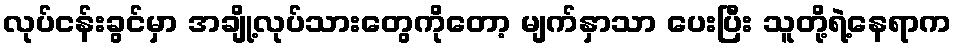
လုပ်ငန်းခွင်မှာ အချို့လုပ်သားတွေကိုတော့ မျက်နှာသာ ပေးပြီး သူတို့ရဲ့နေရာက